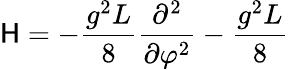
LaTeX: \mathsf{H}=-\frac{{g^{2}L}}{{8}}\frac{{\partial^{2}}}{{\partial\varphi^{2}}}-\frac{{g^{2}L}}{{8}}